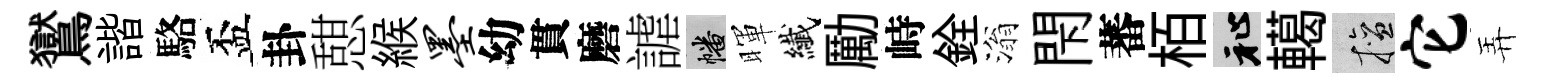
鸑諧駱盃卦憇緱墨幼貫磨謔幡暉纎勵峙銓滃閇蕃栢祉轕擅它弄